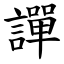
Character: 譂